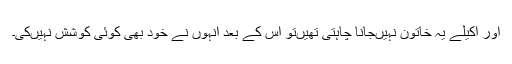
اور اکیلے یہ خاتون نہیں‌جانا چاہتی تھیں‌تو اس کے بعد انہوں نے خود بھی کوئی کوشش نہیں‌کی۔